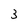
Character: 3